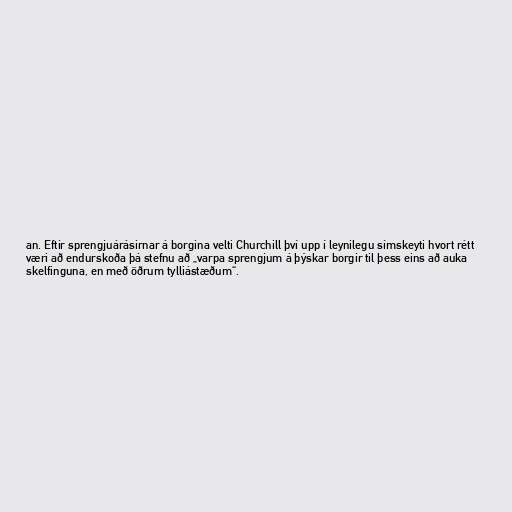
an. Eftir sprengjuárásirnar á borgina velti Churchill því upp í leynilegu símskeyti hvort rétt
væri að endurskoða þá stefnu að „varpa sprengjum á þýskar borgir til þess eins að auka
skelfinguna, en með öðrum tylliástæðum“.